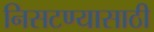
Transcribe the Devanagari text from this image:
निसटण्यासाठी